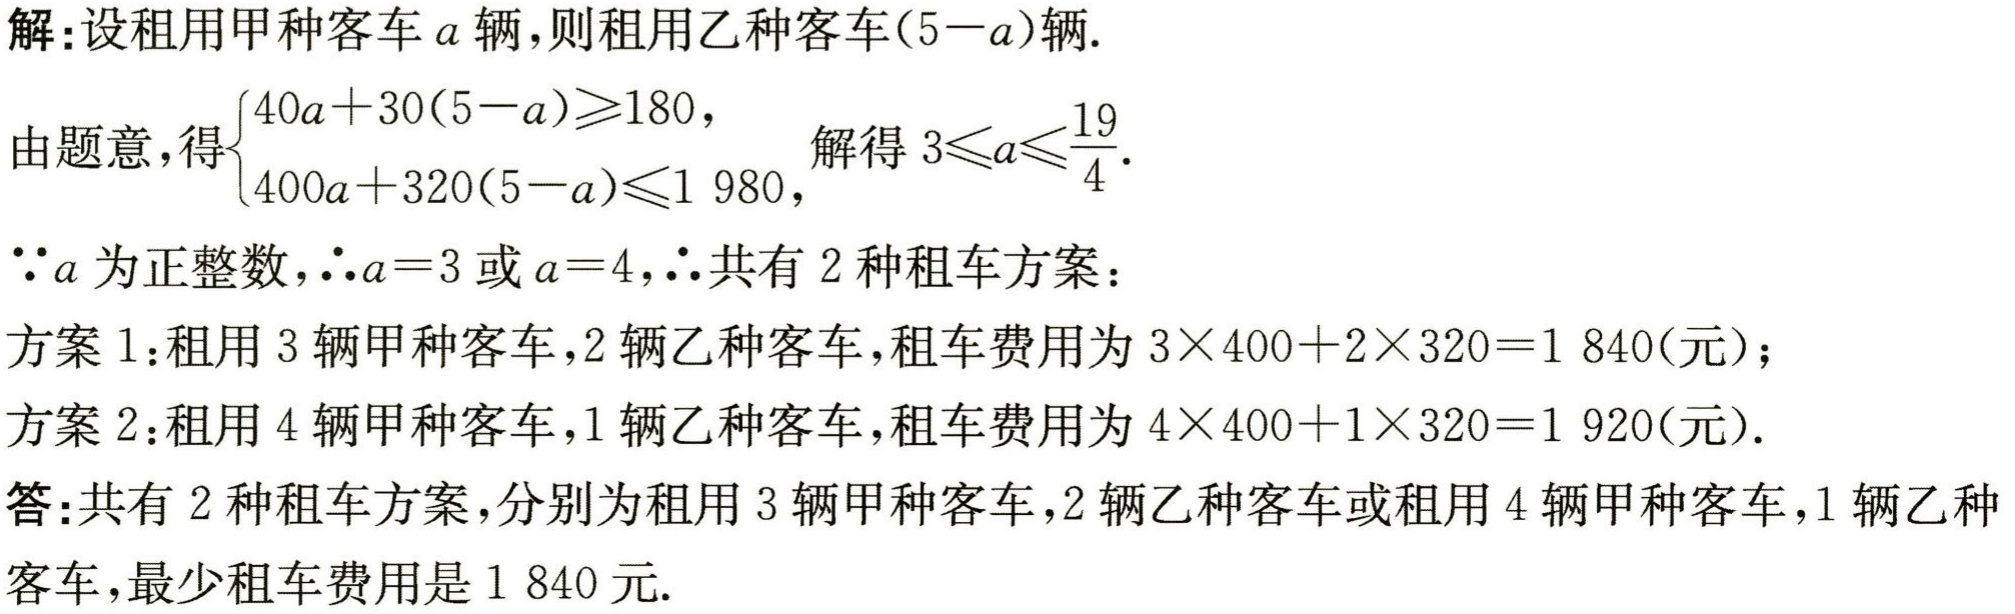
解：设租用甲种客车\(a\)辆，则租用乙种客车\((5 - a)\)辆.

由题意，得\(\begin{cases}40a + 30(5 - a) \geq 180,\\400a + 320(5 - a) \leq 1980,\end{cases}\)解得\(3 \leq a \leq \frac{19}{4}\).

\(\because a\)为正整数，\(\therefore a = 3\)或\(a = 4\)，\(\therefore\)共有\(2\)种租车方案：

方案1：租用\(3\)辆甲种客车，\(2\)辆乙种客车，租车费用为\(3\times400 + 2\times320 = 1840\)（元）；

方案2：租用\(4\)辆甲种客车，\(1\)辆乙种客车，租车费用为\(4\times400 + 1\times320 = 1920\)（元）.

答：共有\(2\)种租车方案，分别为租用\(3\)辆甲种客车，\(2\)辆乙种客车或租用\(4\)辆甲种客车，\(1\)辆乙种客车，最少租车费用是\(1840\)元.